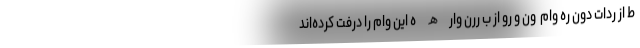
ط از ردات دون ره وام  ون و رو از ب ررن وارھ ه این وام را درفت کرده‌اند